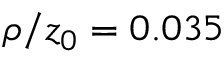
\rho / z _ { 0 } = 0 . 0 3 5